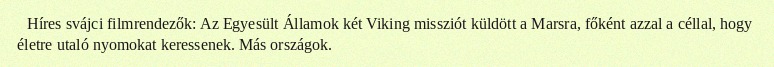
Híres svájci filmrendezők: Az Egyesült Államok két Viking missziót küldött a Marsra, főként azzal a céllal, hogy életre utaló nyomokat keressenek. Más országok.